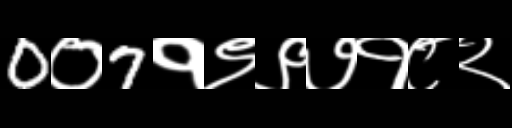
Text: 0०7१९९७१८२